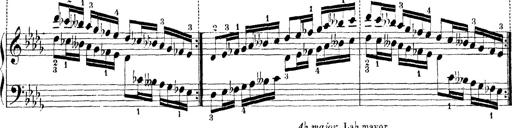
Title: Technische Studien
Composer: Franz Liszt